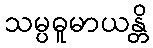
သမ္ပဓူမာယန္တိ